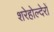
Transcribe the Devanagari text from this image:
शरेहोल्देरों